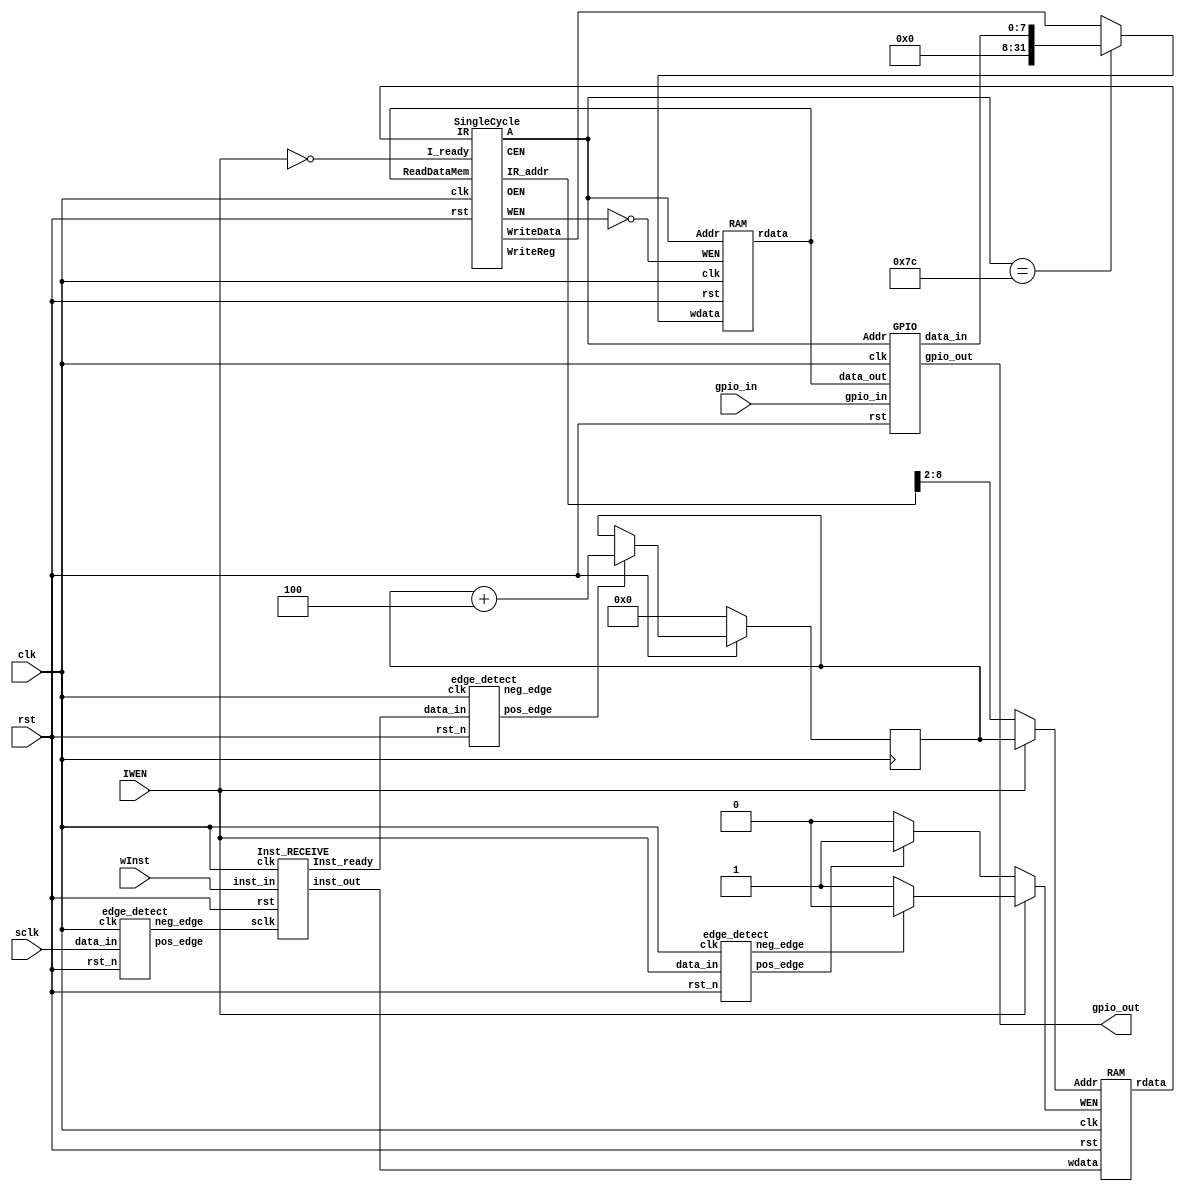
`timescale 1 ns/10 ps

`define ALU_OP_WIDTH 4
`define ALU_OP_ADD  `ALU_OP_WIDTH'd0 
`define ALU_OP_SUB  `ALU_OP_WIDTH'd1
`define ALU_OP_XOR  `ALU_OP_WIDTH'd2
`define ALU_OP_OR   `ALU_OP_WIDTH'd3
`define ALU_OP_AND  `ALU_OP_WIDTH'd4
`define ALU_OP_SLL  `ALU_OP_WIDTH'd5
`define ALU_OP_SRL  `ALU_OP_WIDTH'd6
`define ALU_OP_SRA  `ALU_OP_WIDTH'd7
`define ALU_OP_SLT  `ALU_OP_WIDTH'd8
`define ALU_OP_SLTU `ALU_OP_WIDTH'd9
`define ALU_OP_XNOR `ALU_OP_WIDTH'd10

module Chip(
	clk,
	rst,
	gpio_in,
	gpio_out,
	IWEN,
	sclk,
	wInst
	);

input clk;
input rst;
input IWEN;
input sclk;
input wInst;

input [7:0]  gpio_in;

output [7:0] gpio_out;

wire WEN, CEN, OEN, I_ready, Inst_ready;
wire Iwen_pos, Iwen_neg, IWen;
wire inst_ready_pos, inst_ready_neg;

wire [7:0] data_in;
wire [6:0] Addr;
wire [6:0] I_addr;

wire [31:0] WriteReg;
wire [31:0] WriteData;
wire [31:0] IR_addr;
wire [31:0] wdata;
wire [31:0] Inst;
wire [31:0] Mem_rdata;
wire [31:0] Mem_wdata;
wire [31:0] winst;

reg [6:0] I_Addr;
reg [6:0] I_Addr_nxt;

assign Mem_wdata = (Addr == 7'h7c) ? {{24{1'b0}},data_in} : WriteData;
assign I_addr = IWEN ? I_Addr : IR_addr[8:2];
assign I_ready = ~IWEN;
assign IWen = IWEN ? Iwen_neg ? 0 : 1 : Iwen_pos ? 1 : 0;

always @(*) begin
	if (!rst) begin
		I_Addr_nxt <= 0;
	end
	else if (inst_ready_pos) begin
		I_Addr_nxt <= I_Addr + 4;
	end
	else begin
		I_Addr_nxt <= I_Addr;
	end
end

always @(posedge clk) begin
	if (!rst) begin
		I_Addr <= 0;
	end
	else begin
		I_Addr <= I_Addr_nxt;
	end
end

SingleCycle Core(
	.clk(clk),
	.rst(rst),
	.IR_addr(IR_addr),
	.IR(Inst),
	.A(Addr),
	.WriteReg(WriteReg),
	.ReadDataMem(Mem_rdata),
	.WriteData(WriteData),
	.CEN(CEN),
	.WEN(WEN),
	.OEN(OEN),
	.I_ready(I_ready)
	);

GPIO Gpio(
	.clk(clk),
	.rst(rst),
	.Addr(Addr),
	.data_out(Mem_rdata),
	.data_in(data_in),
	.gpio_out(gpio_out),
	.gpio_in(gpio_in)
	);

RAM memory(
	.clk(clk),
	.rst(rst),
	.Addr(Addr),
	.rdata(Mem_rdata),
	.wdata(Mem_wdata),
	.WEN(~WEN)
	);


RAM INST(
	.clk(clk),
	.rst(rst),
	.Addr(I_addr),
	.rdata(Inst),
	.wdata(winst),
	.WEN(IWen)
	);

Inst_RECEIVE inst_recive(
	.clk(clk),
	.rst(rst),
	.sclk(sclk_neg),
	.inst_in(wInst),
	.inst_out(winst),
	.Inst_ready(Inst_ready)
	);

edge_detect Iwen(
	.clk(clk),
	.rst_n(rst),
	.data_in(IWEN),
	.pos_edge(Iwen_pos),
	.neg_edge(Iwen_neg)
	);

edge_detect SCLK(
	.clk(clk),
	.rst_n(rst),
	.data_in(sclk),
	.pos_edge(sclk_pos),
	.neg_edge(sclk_neg)
	);

edge_detect INST_READY(
	.clk(clk),
	.rst_n(rst),
	.data_in(Inst_ready),
	.pos_edge(inst_ready_pos),
	.neg_edge(inst_ready_neg)
	);

endmodule

module edge_detect (
   clk,
   rst_n,
   data_in,
   pos_edge,
   neg_edge 
   );
input      clk;
input      rst_n;
input      data_in;
output     pos_edge;
output     neg_edge;

reg        data_in_d1;
reg        data_in_d2; 


assign pos_edge =  data_in_d1 & ~data_in_d2;
assign neg_edge =  ~data_in_d1 & data_in_d2;

 
always@(posedge clk or negedge rst_n) 
begin
  if (!rst_n)
  begin
    data_in_d1 <=#1 1'b0;
    data_in_d2 <=#1 1'b0;
  end
  else 
  begin
    data_in_d1 <=#1 data_in;
    data_in_d2 <=#1 data_in_d1;   
  end
end

endmodule 

module SingleCycle(
	clk,
	rst,
	IR_addr,
	IR,
	A,
	WriteReg,
	ReadDataMem,
	WriteData,
	CEN,
	WEN,
	OEN,
	I_ready
	);

input clk, rst, I_ready;
input [31:0] IR;
input [31:0] ReadDataMem;

output [31:0] WriteReg;
output [31:0] WriteData;
output [6:0]  A;
output [31:0] IR_addr;

output CEN, WEN, OEN;

wire [31:0]inst;

wire [4:0]rd 		= inst[11:7];
wire [4:0]rs1 		= inst[19:15];
wire [4:0]rs2 		= inst[24:20];
wire [2:0]func3 	= inst[14:12];
wire [6:0]func7 	= inst[31:25];
wire [6:0]opcode 	= inst[6:0];
wire Rtype 		= opcode == 7'b0110011;
wire Itype 		= opcode == 7'b0010011;
wire Btype 		= opcode == 7'b1100011;
wire store 		= opcode == 7'b0100011;
wire load 		= opcode == 7'b0000011;
wire jal 		= opcode == 7'b1101111;
wire jalr 		= opcode == 7'b1100111;
wire lui;
wire auipc;


wire [31:0]I_imm = {{20{inst[31]}},inst[31:20]};
wire [31:0]J_imm = {{12{inst[31]}},
					inst[19:12],
					inst[20],
					inst[30:21],
					1'b0};
wire [31:0]B_imm = {{20{inst[31]}},
					inst[7],
					inst[30:25],
					inst[11:8],
					1'b0};
wire [31:0]S_imm = {{21{inst[31]}},
					inst[31:25],
					inst[11:7]};
wire [31:0]U_imm = {inst[31:12],
					12'b0};
wire [4:0] shamt = {{26{inst[31]}},inst[24:20]};
wire [31:0]imm;

reg [31:0] PC_nxt,PC;
reg [31:0] ir_addr;

wire shift;
wire branchflag;
wire RegWen;
wire [1:0]WBSel;
wire ALUSrc;

wire [31:0]data_out1, data_out2, WriteReg;

reg  [31:0]ALU_IN1, ALU_IN2;
wire [31:0]ALU_OUT;

assign CEN = 0;
assign OEN = 0;

always @(*) begin
	if(jal)begin
		PC_nxt = PC + J_imm;
	end
	else if(jalr) begin
		PC_nxt = ALU_OUT;
	end
	else if(branchflag&&Btype) begin
		PC_nxt = PC + B_imm;
	end
	else begin
		PC_nxt = PC + 4;
	end
end

always @(posedge clk) begin
	if (!rst) begin
		PC = 32'h0;
		ir_addr = 32'h0;
	end
	else if (I_ready) begin
		PC = PC_nxt;
		ir_addr = PC;
	end
	else begin
		PC = 32'h0;
		ir_addr = 32'h0;
	end
end

assign IR_addr = ir_addr;

assign inst = {IR[7:0],IR[15:8],IR[23:16],IR[31:24]};

assign ALUSrc = ~(Rtype | Btype | jal);
assign imm = ({32{(Itype & ~shift)}} & I_imm)
		|	({32{load|jalr}} & I_imm)
		|	({32{shift}} & shamt)
		|	({32{store}} & S_imm)
		|	({32{Btype}} & B_imm)
		|	({32{jal}} & J_imm);

assign WriteReg = WBSel[1] ? PC+4 : WBSel[0] ? {ReadDataMem[7:0],ReadDataMem[15:8],ReadDataMem[23:16],ReadDataMem[31:24]} : ALU_OUT;

register RF(.clk(clk),
	.rst(rst),
	.WriteReg(WriteReg),
	.REGWEN(RegWen),
	.RegRead1(rs1),
	.RegRead2(rs2),
	.RegWrite(rd),
	.data_out1(data_out1),
	.data_out2(data_out2)
	);

wire [3:0]ALU_OP;
wire MemRen, MemWen;

Control CU(
	.rv32_func7(func7),
	.rv32_func3(func3),
	.rv32_Rtype(Rtype),
	.rv32_Itype(Itype),
	.rv32_load(load),
	.rv32_store(store),
	.rv32_jal(jal),
	.rv32_jalr(jalr),
	.rv32_lui(lui),
	.rv32_auipc(auipc),
	.ALU_OP(ALU_OP),
	.RegWen(RegWen),
	.MemWen(WEN),
	.WBSel(WBSel),
	.shift(shift)
	);

always @(*) begin
		ALU_IN1 = data_out1;
end
always @(*) begin
	if (ALUSrc) begin
		ALU_IN2 = imm;
	end
	else begin
		ALU_IN2 = data_out2;
	end
end
assign WriteData = data_out2;
branch Branch(.data1(data_out1), .data2(data_out2), .rv32_func3(func3), .branchflag(branchflag));
ALU alu(.clk(clk),.ALU_OP(ALU_OP),.data1(ALU_IN1),.data2(ALU_IN2),.alu_out(ALU_OUT));

assign A = ALU_OUT[6:0];

endmodule

module register(
	clk, 
	rst,
	WriteReg,
	REGWEN,
	RegRead1,
	RegRead2,
	RegWrite,
	data_out1,
	data_out2
	);
input clk, rst, REGWEN;
input [4:0] RegRead1, RegRead2, RegWrite;
input [31:0] WriteReg;
output  [31:0] data_out1, data_out2;

reg [31:0] reg_r [31:0];
reg [31:0] reg_w [31:0];

integer i;

always @(posedge clk) begin
	if(!rst) begin
		for(i=0;i<32;i=i+1)begin
			reg_r[i] <= 0;
		end
	end
	else if(REGWEN == 1 && rst == 1 && RegWrite != 5'b00000)begin
		reg_r[RegWrite] <= WriteReg;
	end
	else begin
		for(i=1;i<32;i=i+1)begin
			reg_w[i] <= reg_r[i];
		end
	end
end

assign data_out1 = reg_r[RegRead1];
assign data_out2 = reg_r[RegRead2];

endmodule

module Control(
	rv32_func7,
	rv32_func3,
	rv32_Rtype,
	rv32_Itype,
	rv32_load,
	rv32_store,
	rv32_jal ,
	rv32_jalr,
	rv32_lui,
	rv32_auipc,
	ALU_OP,
	RegWen,
	MemWen,
	WBSel,
	shift
	);
	input [6:0]rv32_func7;
	input [2:0]rv32_func3;
	input rv32_Rtype;
	input rv32_Itype;
	input rv32_load;
	input rv32_store;
	input rv32_jal;
	input rv32_jalr;
	input rv32_lui;
	input rv32_auipc;
	output reg [3:0]ALU_OP;
	output RegWen;
	output MemWen;
	output [1:0]WBSel;
	output reg shift;

	assign RegWen 	= (rv32_Rtype | rv32_Itype | rv32_load | rv32_jal | rv32_jalr | rv32_lui | rv32_auipc);
	assign MemWen 	= ~rv32_store;
	assign WBSel[1] = rv32_jal | rv32_jalr;
	assign WBSel[0] = rv32_load;

	always @(*) begin
		shift = 0;
		if (~(rv32_Rtype | rv32_Itype)) begin
			ALU_OP = `ALU_OP_ADD;
		end
		else begin
			case(rv32_func3)
				3'b000 : begin
						 	if(rv32_func7[5] & rv32_Rtype) ALU_OP = `ALU_OP_SUB;
						 	else ALU_OP = `ALU_OP_ADD;
						 end
				3'b001 : begin
							shift = 1;
							ALU_OP = `ALU_OP_SLL;
						 end
				3'b010 : ALU_OP = `ALU_OP_SLT;
				3'b011 : ALU_OP = `ALU_OP_SLTU;
				3'b100 : begin 
							if(rv32_func7[5])ALU_OP = `ALU_OP_XNOR;
							else ALU_OP = `ALU_OP_XOR;
						 end
				3'b101 : begin  
							shift = 1;
							if(rv32_func7[5]) ALU_OP = `ALU_OP_SRA;
						 	else ALU_OP = `ALU_OP_SRL;
						 end
				3'b110 : ALU_OP = `ALU_OP_OR;
				3'b111 : ALU_OP = `ALU_OP_AND;
			endcase
		end
	end
endmodule

module ALU(clk,ALU_OP, data1, data2, alu_out);

input clk;
input [3:0]ALU_OP;
input [31:0]data1, data2;
output reg [31:0]alu_out;
wire [4:0]shift;
wire signed [31:0]sdata1, sdata2;
assign shift = data2[4:0];
assign sdata1 = data1;
assign sdata2 = data2;

always @(*)begin
	case(ALU_OP)
		`ALU_OP_ADD 	: alu_out = data1 + data2;
		`ALU_OP_SUB 	: alu_out = data1 - data2;
		`ALU_OP_XOR 	: alu_out = data1 ^ data2;
		`ALU_OP_OR  	: alu_out = data1 | data2;
		`ALU_OP_AND 	: alu_out = data1 & data2;
		`ALU_OP_SLL 	: alu_out = data1 << shift;
		`ALU_OP_SRL 	: alu_out = data1 >> shift;
		`ALU_OP_SRA 	: alu_out = sdata1 >>> shift;
		`ALU_OP_SLT 	: alu_out = {31'b0, sdata1<sdata2};
		`ALU_OP_SLTU 	: alu_out = {31'b0, data1 < data2};
		`ALU_OP_XNOR	: alu_out = ~(data1 ^ data2);
		default 		: alu_out = 32'd0;
	endcase
end

endmodule

module branch(
	data1,
	data2,
	rv32_func3,
	branchflag
	);

input [31:0]data1, data2;
input [2:0]rv32_func3;
output reg branchflag;
wire signed [31:0]sdata1,sdata2;
assign sdata1 = data2;
assign sdata2 = data2;

always @(*) begin
	case(rv32_func3)
		3'b000 : branchflag = (data1 == data2);
		3'b001 : branchflag = (data1 != data2);
		3'b100 : branchflag = (sdata1 < sdata2);
		3'b101 : branchflag = (sdata1 >= sdata2);
		3'b110 : branchflag = (data1 < data2);
		3'b111 : branchflag = (data1 >= data2);
		default : branchflag = 0;
	endcase
end
endmodule

module GPIO(
	clk,
	rst,
	Addr,
	data_out,
	data_in,
	gpio_out,
	gpio_in
);

parameter PIN = 8;

input clk;
input rst;
input [6:0] Addr;
input [31:0] data_out;
input [PIN - 1:0] gpio_in;

output [PIN - 1:0] data_in;
output [PIN - 1:0] gpio_out;

reg [PIN - 1:0] pin_mode;
reg [PIN - 1:0] g_out;
reg [PIN - 1:0] g_out_temp;
reg [PIN - 1:0] gpio_mask;



always @(posedge clk) begin
	if (!rst) begin
		gpio_mask = 0;
		g_out = 0;
		pin_mode = 0;
	end
	else begin
		case (Addr)
			7'h7f : pin_mode = data_out[7:0];
			7'h7e : g_out = (data_out[7:0] & gpio_mask & pin_mode);
			7'h7d : gpio_mask = data_out[7:0];
			default : g_out_temp = g_out;
		endcase
	end
end

assign data_in = gpio_in;
assign gpio_out = g_out;

endmodule

module RAM(
	clk,
	rst,
	Addr,
	rdata,
	wdata,
	WEN
	);

input clk;
input rst;
input WEN;
input [6:0] Addr;
input [31:0] wdata;

output [31:0] rdata;

reg [31:0] data [127:0];
reg [31:0] data_t [127:0];

integer i;

always @(posedge clk) begin
	if (!rst) begin
		for(i = 0; i < 128; i = i + 1)begin
			data[i] <= 0;
		end
	end
	else if (WEN) begin
		data[Addr] <= wdata;
	end
	else begin
		for(i = 0; i < 128; i = i + 1)begin
			data_t[i] <= data[i];
		end
	end
end

assign rdata = data[Addr];

endmodule

module Inst_RECEIVE(
	clk,
	rst,
	sclk,
	inst_in,
	inst_out,
	Inst_ready
	);
	
	input clk;
	input rst;
	input sclk;
	input inst_in;

	output [31:0] inst_out;
	output Inst_ready;

	reg inst_ready;
	reg [5:0]  bit;
	reg [31:0] inst_data;
	reg [31:0] inst_data_t;

	always @(posedge clk) begin
		if (!rst) begin
			bit <= 0;
			inst_data <= 0;
			inst_ready <= 0;
			inst_data_t <= 0;
		end
		else if (sclk) begin
			if (bit<31) begin
				inst_ready <= 0;
				inst_data[bit] <= inst_in;
				bit <= bit + 1;
			end
			else begin
				inst_ready <= 1;
				inst_data_t <= inst_data;
				bit <= 0;
				inst_data[bit] <= inst_in;
			end
		end
		else begin
			inst_data_t <= 0;
		end
	end

	assign Inst_ready = inst_ready;
	assign inst_out = inst_ready ? inst_data : inst_data_t;

endmodule